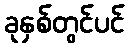
ခုနှစ်တွင်ပင်